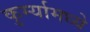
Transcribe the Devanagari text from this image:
कुर्म्यामध्ये